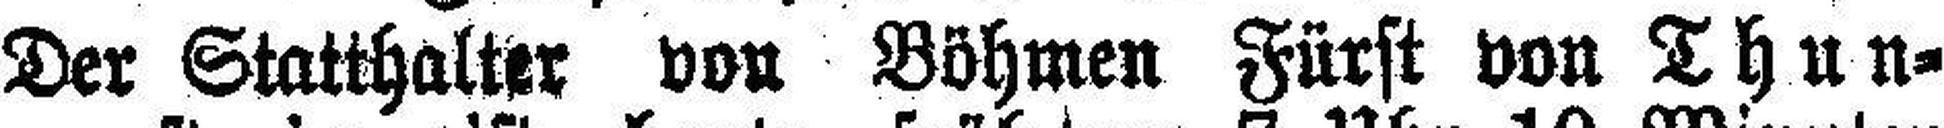
Der Statthalter von Böhmen Fürst von Thun=